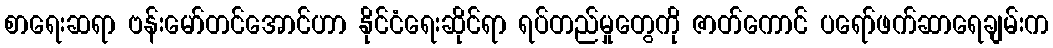
စာရေးဆရာ ဗန်းမော်တင်အောင်ဟာ နိုင်ငံရေးဆိုင်ရာ ရပ်တည်မှုတွေကို ဇာတ်ကောင် ပရော်ဖက်ဆာရေချမ်းက